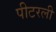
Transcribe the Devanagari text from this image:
पीटरली